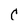
Character: C